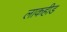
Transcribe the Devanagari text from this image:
लाकहीड